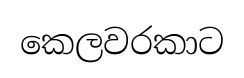
කෙලවරකාට